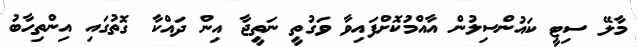
މާލޭ ސިޓީ ކައުންސިލުން އާއްމުކޮށްފައިވާ ވަގުތީ ނަތީޖާ އިން ދައްކާ ގޮތުގައި އިންތިހާބު